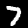
Digit: 7